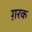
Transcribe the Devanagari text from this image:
ग़रक